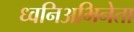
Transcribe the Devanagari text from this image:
ध्वनिअभिनेता